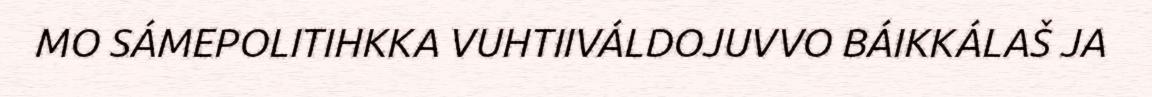
MO SÁMEPOLITIHKKA VUHTIIVÁLDOJUVVO BÁIKKÁLAŠ JA